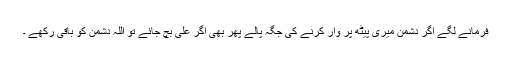
فرمانے لگے اگر دشمن میری پیٹھ پر وار کرنے کی جگہ پالے پھر بھی اگر علی بچ جائے تو اللہ دشمن کو باقی رکھے ۔